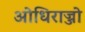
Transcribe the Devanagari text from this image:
ओधिराज्जो